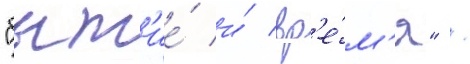
"быт'ие́ и́ вр'е́м'я" /